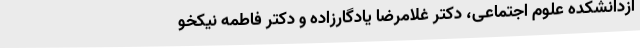
ازدانشکده علوم اجتماعی، دکتر غلامرضا یادگارزاده و دکتر فاطمه نیکخو